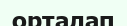
орталап